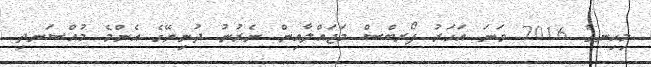
މިހިނގާ 2016 ވަނަ އަހަރު ފޯރބްސް މަޖައްލާއިން ނެރުނު ދުނިޔޭގެ އެންމެ މުއްސަނދި